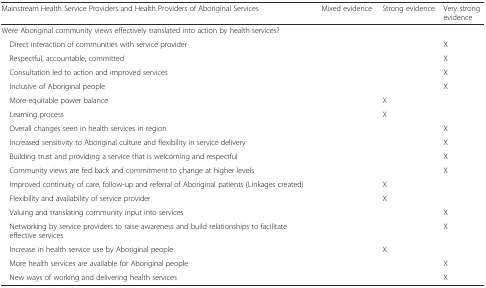
<table><thead><tr><td><b>Mainstream Health Service Providers and Health Providers of Aboriginal Services</b></td><td><b>Mixed evidence</b></td><td><b>Strong evidence</b></td><td><b>Very strong evidence</b></td></tr></thead><tbody><tr><td>Were Aboriginal community views effectively translated into action by health services?</td><td></td><td></td><td></td></tr><tr><td> Direct interaction of communities with service provider</td><td></td><td></td><td>X</td></tr><tr><td> Respectful, accountable, committed</td><td></td><td></td><td>X</td></tr><tr><td> Consultation led to action and improved services</td><td></td><td></td><td>X</td></tr><tr><td> Inclusive of Aboriginal people</td><td></td><td></td><td>X</td></tr><tr><td> More equitable power balance</td><td></td><td>X</td><td></td></tr><tr><td> Learning process</td><td></td><td>X</td><td></td></tr><tr><td> Overall changes seen in health services in region</td><td></td><td></td><td>X</td></tr><tr><td> Increased sensitivity to Aboriginal culture and flexibility in service delivery</td><td></td><td></td><td>X</td></tr><tr><td> Building trust and providing a service that is welcoming and respectful</td><td></td><td></td><td>X</td></tr><tr><td> Community views are fed back and commitment to change at higher levels</td><td></td><td></td><td>X</td></tr><tr><td> Improved continuity of care, follow-up and referral of Aboriginal patients (Linkages created)</td><td></td><td>X</td><td></td></tr><tr><td> Flexibility and availability of service provider</td><td></td><td>X</td><td></td></tr><tr><td> Valuing and translating community input into services</td><td></td><td></td><td>X</td></tr><tr><td> Networking by service providers to raise awareness and build relationships to facilitate effective services</td><td></td><td></td><td>X</td></tr><tr><td> Increase in health service use by Aboriginal people</td><td></td><td>X</td><td></td></tr><tr><td> More health services are available for Aboriginal people</td><td></td><td></td><td>X</td></tr><tr><td> New ways of working and delivering health services</td><td></td><td></td><td>X</td></tr></tbody></table>